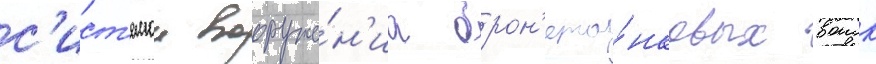
с'ист'емои вооруже́н'иа брон'ета́нковых воиск